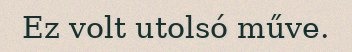
Ez volt utolsó műve.